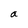
Character: a